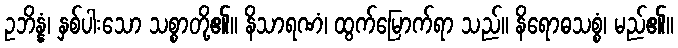
ဥဘိန္နံ၊ နှစ်ပါးသော သစ္စာတို့၏။ နိသာရဏံ၊ ထွက်မြောက်ရာ သည်။ နိရောဓသစ္စံ၊ မည်၏။